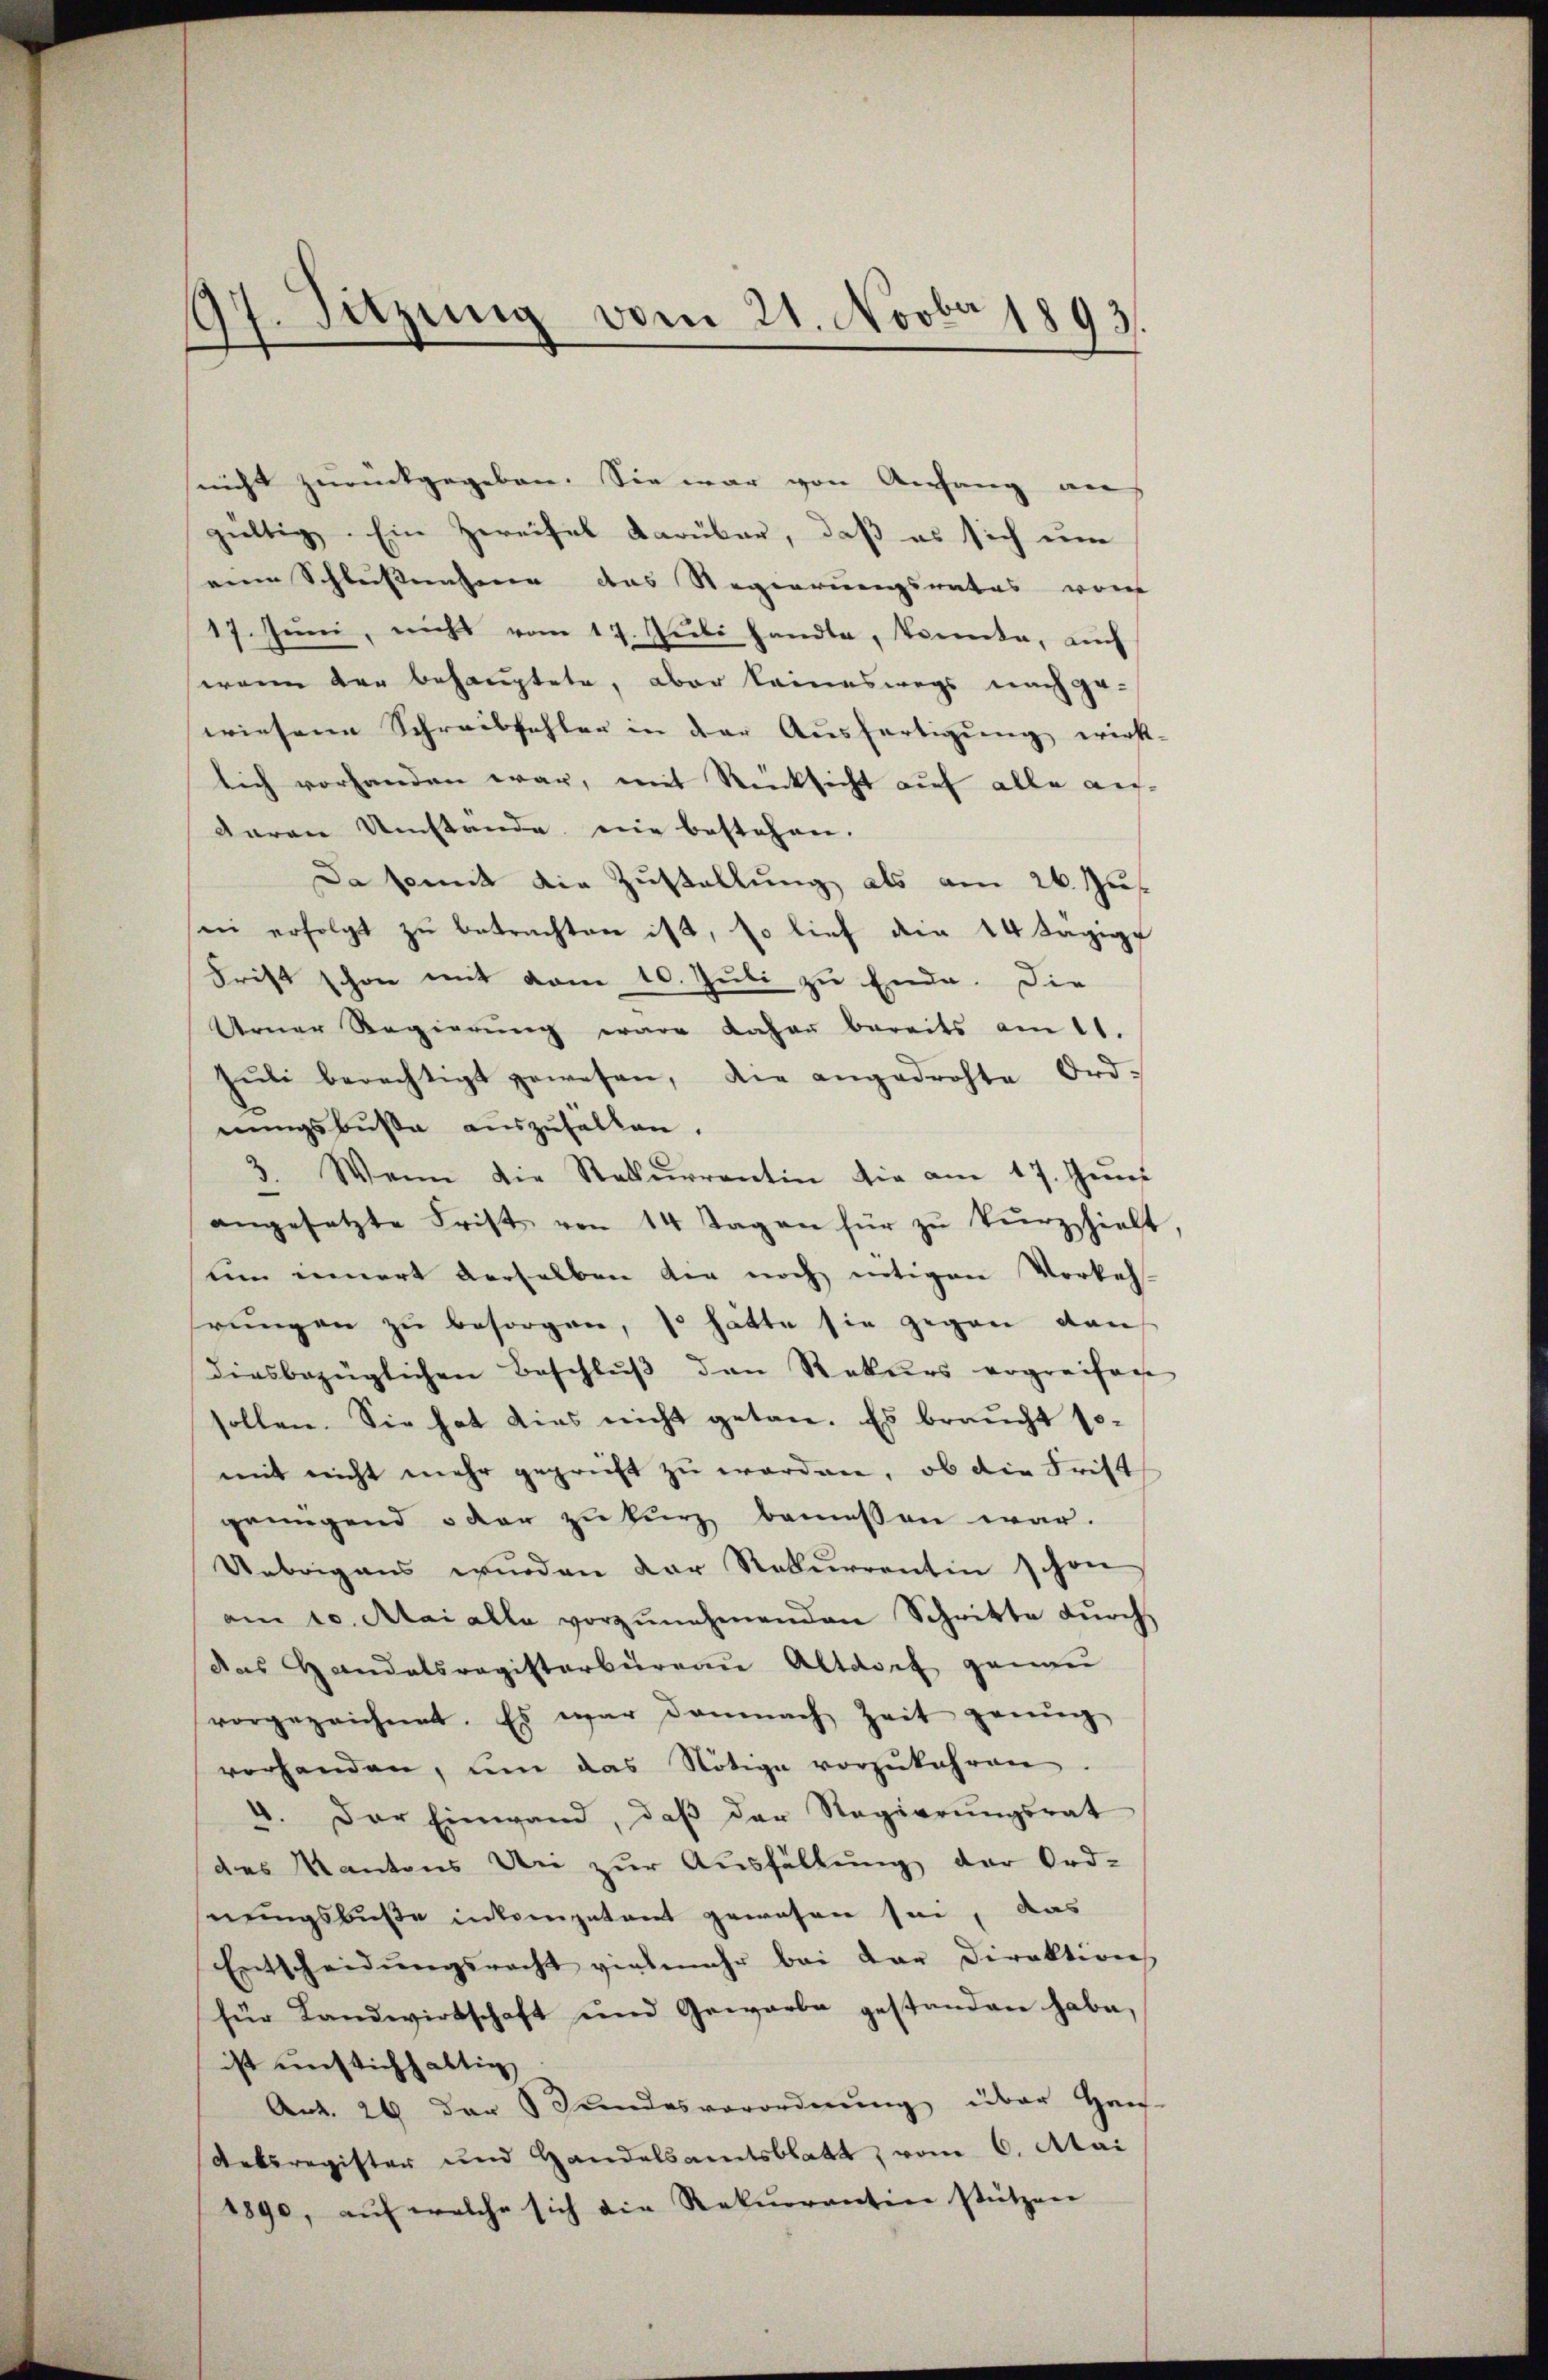
¬
97. Sitzung vom 21. Novber 1893.

nicht zurückgegeben. Sie war von Anfang auf
gültig. Ein Zweifel darüber, daß es sich um
eine Schlussnahmen das Regierungsrates wor
17. Jŭni, nicht vom 17. Jŭli handte, konnte, auch
wenn der behauptete, aber keineswegs nach ge-
wiesene Schreibfehler in der Ausfertigung wirk-
lich vorhanden war, mit Rücksicht auf alle aufdaran Umstande nie bestehen. |
Da somit die Zustellung als am 26. Jus
in erfolgt zŭ betrachten ist, so lief die 14 tägige
Frist schon mit vom 10. Juli zu Ende. Die
Arner Regierŭng wäre daher bereits am 11.
Jŭli berechtigt gewesen, die angedrohte Ord-
nungsbuße auszuhalten.
3. Wenn die Rekurrentin die am 17. Jun
angesetzte Frist von 14 Tagen für zu kurz hielt,
uum innert derselben die noch nötigen Vorkeh-
rŭngen zŭ besorgen, so hätte sie gegen dan
diesbezüglichen Beschluß den Rekurs ergreifac
sollen. Sie hat dies nicht getan. Es braucht so-
mit nicht mehr geprüft zu worden, ob die Frist
genügend der zu kurz bemessen war.
Uebrigens wurden der Rekurrentin schon
am 10. Ataialle vorzŭnehmenden Schritte dŭrch
das Handatsregisterbüreaŭ Altdorf genau
vorgezeichnet. Es war demnach Zeit genug
vorhanden, um das Nötige vorzukehren
4. Der Einwand, daβ der Regierŭngsrat
des Kantons Uri zur Ausfällung der Ord-
nungsbuße inkompetent gewesen sei, das
Entscheidŭngsrecht vielmehr bei dar Direktion
für Landwirtschaft und Gewarbe gestanden habe,
ist unstichhaltig
Art. 26 der Bundesverordnŭng über Haus-
Debsregister und Handelsamtsblatt, vom 6. Mai
1890, aŭf welche sich die Rekŭrrantin stützen